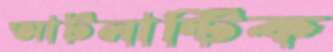
আটলান্টিক